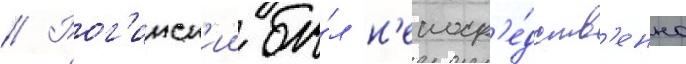
// Рог'инск'ии бы́л н'епоср'е́дств'енно